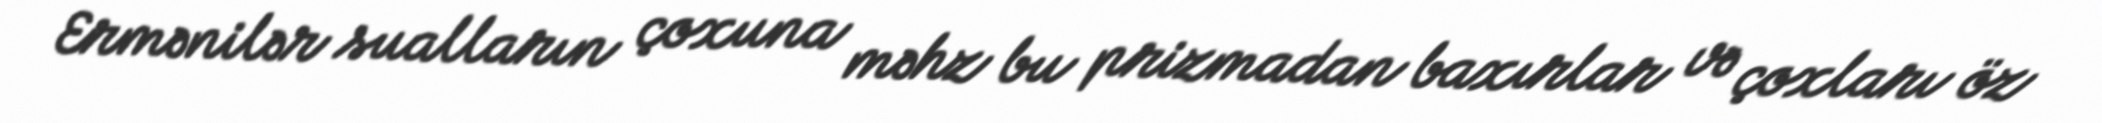
Ermənilər sualların çoxuna məhz bu prizmadan baxırlar və çoxları öz